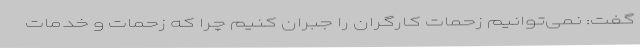
گفت: نمی‌توانیم زحمات کارگران را جبران کنیم چرا که زحمات و خدمات